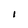
Character: 1